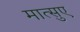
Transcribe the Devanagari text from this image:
मात्सुए